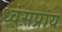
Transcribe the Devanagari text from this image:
ध्वंसप्राय